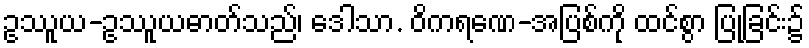
ဥဿူယ-ဥဿူယဓာတ်သည်၊ ဒေါသာ. ဝိကရဏေ-အပြစ်ကို ထင်စွာ ပြုခြင်း၌